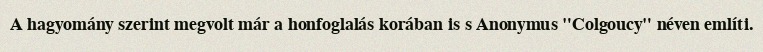
A hagyomány szerint megvolt már a honfoglalás korában is s Anonymus "Colgoucy" néven említi.